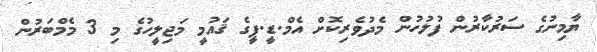
ޔާމިނުގެ ސަރުކާރުން ފުލުހުން މެދުވެރިކޮށް އެމް.ޑީ.ޕީގެ ޤައުމީ މަޖިލީހުގެ މި 3 މެމްބަރުން